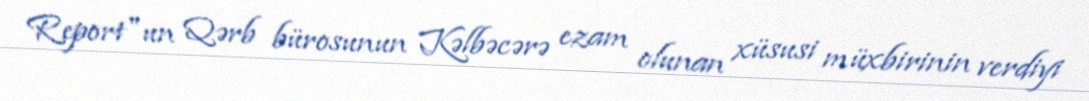
Report"un Qərb bürosunun Kəlbəcərə ezam olunan xüsusi müxbirinin verdiyi